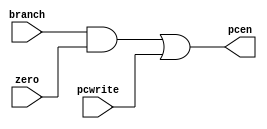
module nextPCLogic (input zero,
                input branch,
            	input pcwrite,
            	output wire pcen
    );
  
  assign pcen = (branch & zero) | pcwrite;
  
endmodule